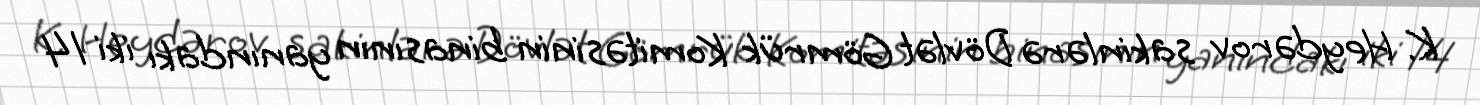
K. Heydərov sakinlərə Dövlət Gömrük Komitəsinin binasının yanındakı iki 14